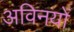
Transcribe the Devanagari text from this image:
अविनयों